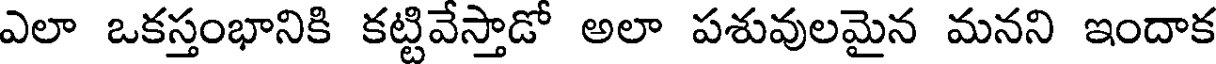
ఎలా ఒకస్తంభానికి కట్టివేస్తాడో అలా పశువులమైన మనని ఇందాక